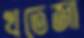
খতেজা